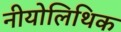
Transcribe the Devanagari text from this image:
नीयोलिथिक